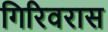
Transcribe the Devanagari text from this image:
गिरिवरास